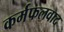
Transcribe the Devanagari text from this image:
कर्मफलवाद